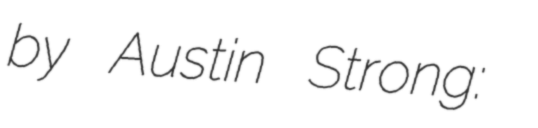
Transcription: by Austin Strong: